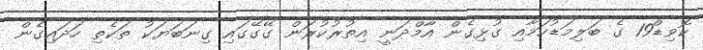
ކޮވިޑް19 ގެ ބަލިމަޑުކަމާއި ގުޅިގެން އާމްދަނީ އިތުރުކުރަން ގޭގޭގައި ގިނަބަޔަކު ތަކެތި ހަދައިގެން